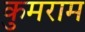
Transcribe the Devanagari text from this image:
कुमराम